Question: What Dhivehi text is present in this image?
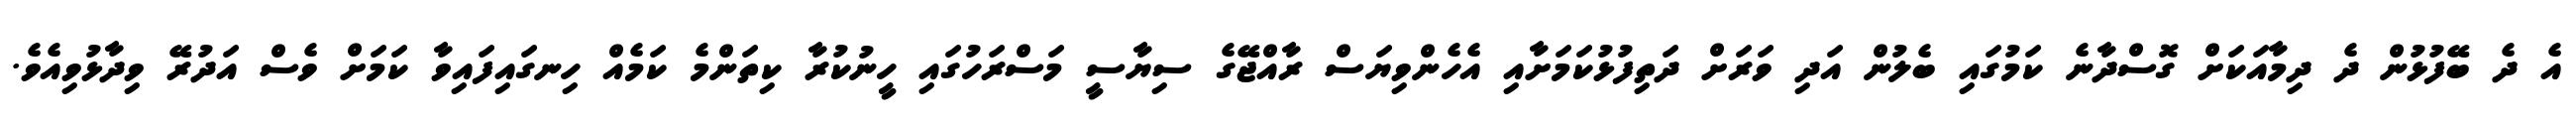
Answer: އެ ދެ ބޭފުޅުން ދެ ދިމާއަކަށް ގޮސްދާނެ ކަމުގައި ބެލުން އަދި ވަރަށް ދަތިފުޅުކަމަށާއި އެހެންވިޔަސް ރާއްޖޭގެ ސިޔާސީ މަސްރަހުގައި ހީނުކުރާ ކިތަންމެ ކަމެއް ހިނގައިފައިވާ ކަމަށް ވެސް އަދުރޭ ވިދާޅުވިއެވެ.